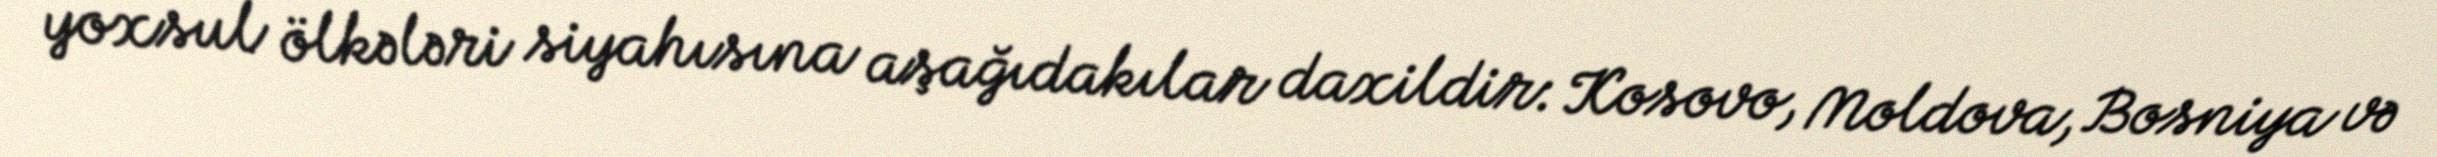
yoxsul ölkələri siyahısına aşağıdakılar daxildir: Kosovo, Moldova, Bosniya və